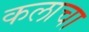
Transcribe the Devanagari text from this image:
कलाचा